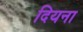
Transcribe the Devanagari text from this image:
दियना